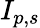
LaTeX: I_{p,s}